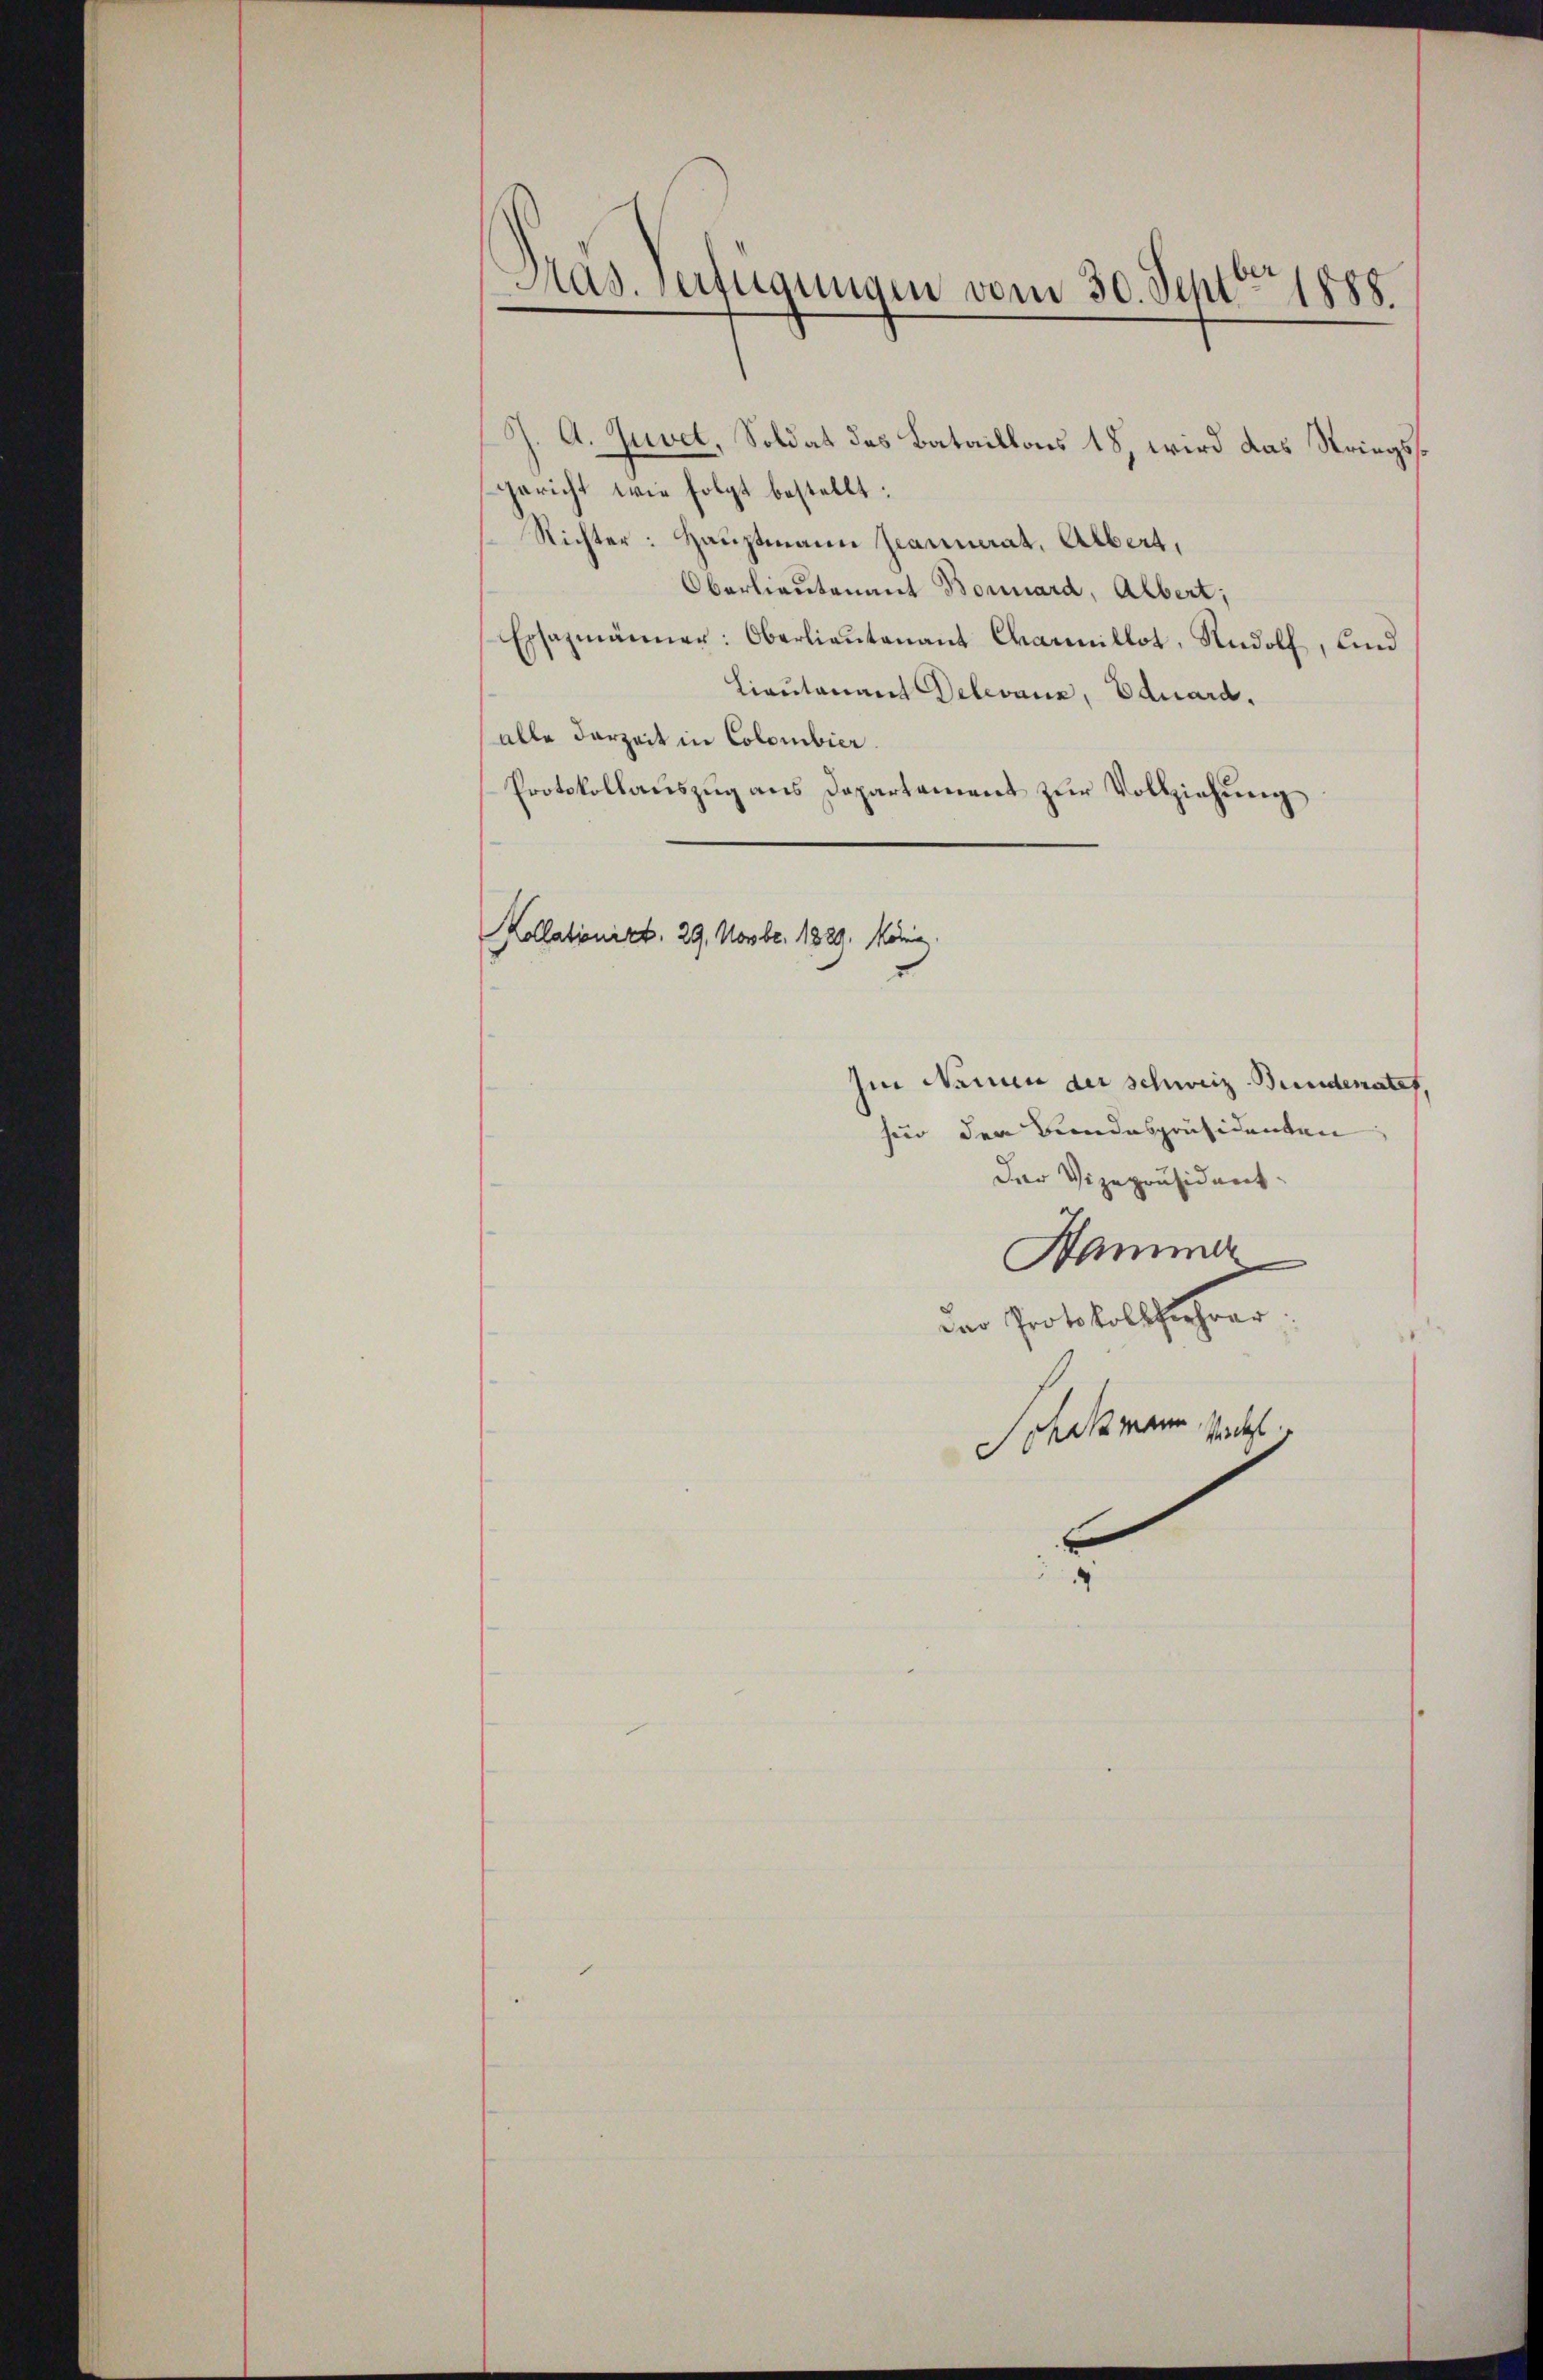
Pras. Verfügungen vom 30. Septbr. 1888.

Kollationirt. 29. Novbr. 1829. König.

J. A. Zuvet, Soldat des Bataillons 18, wird das Striegsgericht wie folgt bestellt:
Richter: Hauptmann Gaunerat, Albert,
Oberlieutenant Bonnard, Albert;
Ersazmänner: Oberlieŭtenant Charillot, Rudolf, und
Lieutenant Oelevanz, Eduard.
alle derzeit in Colombier.
Protokollauszug aus Departement zur Vollziehung
Im Namen der schweiz. Bundenatef,
für der Bundespräsidenten
Der Vizepräsident.
Hammer
der Protokollführer
Schatzmann sicht